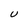
Character: U